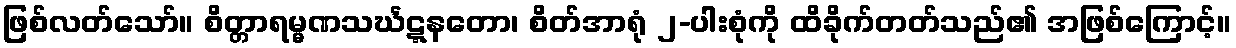
ဖြစ်လတ်သော်။ စိတ္တာရမ္မဏသင်္ဃဋ္ဋနတော၊ စိတ်အာရုံ ၂-ပါးစုံကို ထိခိုက်တတ်သည်၏ အဖြစ်ကြောင့်။